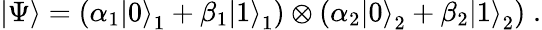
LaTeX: \left|\Psi\right\rangle=(\alpha_{1}\left|0\right\rangle_{1}+\beta_{1}\left|1\right\rangle_{1})\otimes(\alpha_{2}\left|0\right\rangle_{2}+\beta_{2}\left|1\right\rangle_{2})\; .